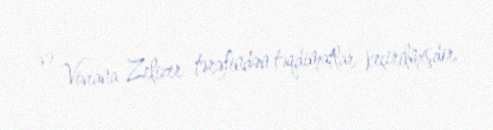
və Viviana Zelizer tərəfindən təqdimatlar keçirilmişdir.